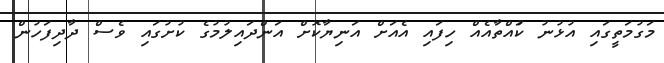
މަގުމަތީގައި އުޅުނު ކުައްތާއެއް ހިފައި އެއަށް އަނިޔާކޮށް އަންދައިލުމުގެ ކުށުގައި ވެސް ދާދިފަހުން